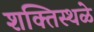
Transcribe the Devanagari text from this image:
शक्तिस्थळे